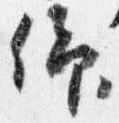
仰